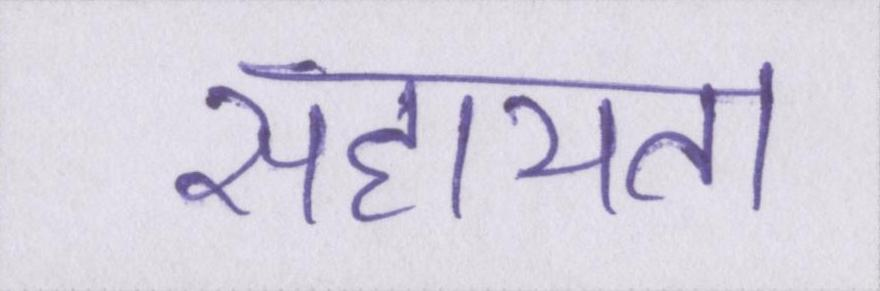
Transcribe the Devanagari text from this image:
सहायता